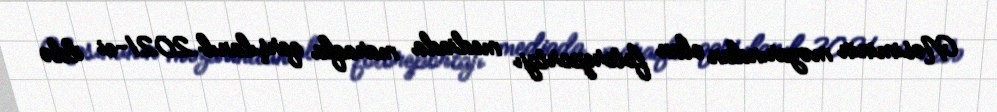
Nəsiminin məzarından olan fotoreportajı mediada maraqla qarşılanıb.2021-ci ildə